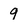
Character: 9